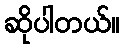
ဆိုပါတယ်။